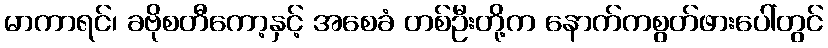
မာကာရင်၊ ခဗိုစတီကော့နှင့် အစေခံ တစ်ဦးတို့က နောက်ကစွတ်ဖားပေါ်တွင်